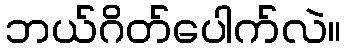
ဘယ်ဂိတ်ပေါက်လဲ။